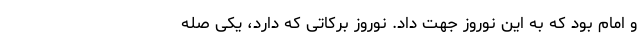
و امام بود که به این نوروز جهت داد. نوروز برکاتی که دارد، یکی صله